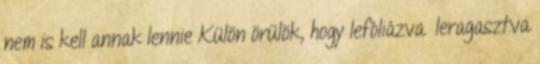
nem is kell annak lennie Külön örülök, hogy lefóliázva leragasztva